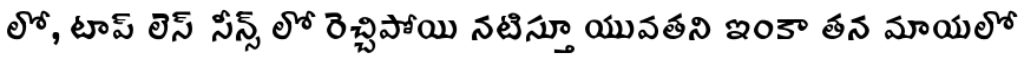
లో, టాప్ లెస్ సీన్స్ లో రెచ్చిపోయి నటిస్తూ యువతని ఇంకా తన మాయలో